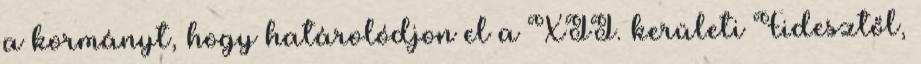
a kormányt, hogy határolódjon el a XII. kerületi Fidesztől,